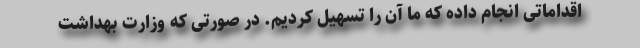
اقداماتی انجام داده که ما آن را تسهیل کردیم. در صورتی که وزارت بهداشت